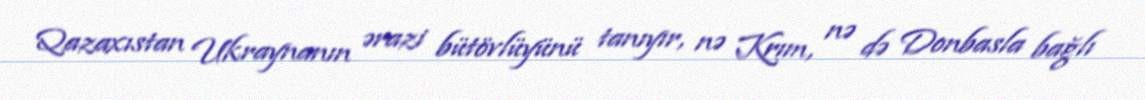
Qazaxıstan Ukraynanın ərazi bütövlüyünü tanıyır, nə Krım, nə də Donbasla bağlı